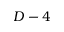
D - 4